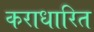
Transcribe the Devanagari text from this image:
कराधारित